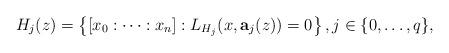
LaTeX: \begin{align*} H_j(z) = \left\{[x_0:\cdots:x_n] : L_{H_j}(x,\mathbf{a}_j(z))=0\right\}, j\in\{0,\ldots,q\}, \end{align*}